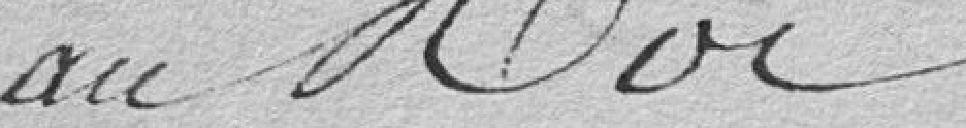
au Roi